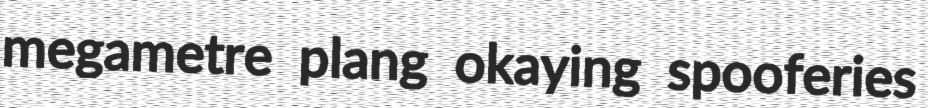
megametre plang okaying spooferies